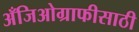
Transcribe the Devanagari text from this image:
अँजिओग्राफीसाठी